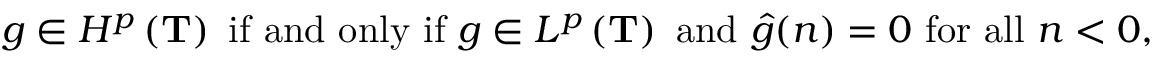
g \in H ^ { p } \left( \mathbf { T } \right) { \mathrm { ~ i f ~ a n d ~ o n l y ~ i f ~ } } g \in L ^ { p } \left( \mathbf { T } \right) { \mathrm { ~ a n d ~ } } { \hat { g } } ( n ) = 0 { \mathrm { ~ f o r ~ a l l ~ } } n < 0 ,